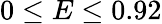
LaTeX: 0\le E\le 0.92